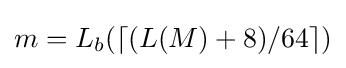
m=L_{b}(\left\lceil (L(M)+8)/64\right\rceil )